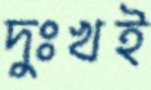
দুঃখই